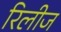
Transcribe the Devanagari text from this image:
रिलीज